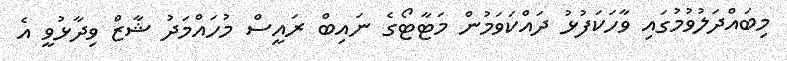
މިބައްދަލުވުމުގައި ވާހަކަފުޅު ދައްކަވަމުން މަޓާޓޯގެ ނައިބް ރައީސް މުހައްމަދު ޝާޒް ވިދާޅުވީ އެ